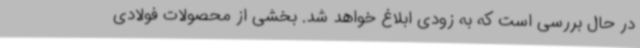
در حال بررسی است که به زودی ابلاغ خواهد شد. بخشی از محصولات فولادی